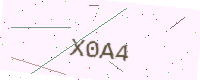
Text: X0A4